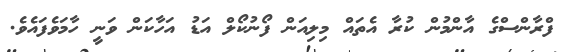
ފްރާންސްގެ އާންމުން ކުރާ އެތައް މިލިއަން ފޯނުކޯލް އަޑު އަހާކަން ވަނީ ހާމަވެފައެވެ.